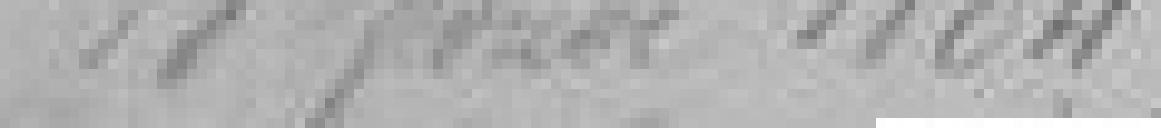
18 février 1884